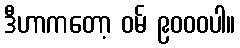
ဒီဟာကတော့ ဝမ် ၉၀၀၀ပါ။